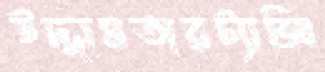
উদ্দামতারট্যাক্সি